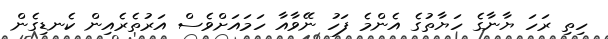
ހިތި ރަހަ ޔާނާގެ ހަޔާތުގެ އެންމެ ފަހު ނޭވާއާ ހަމައަށްވެސް އަރުތެރެއިން ކެނޑިގެން